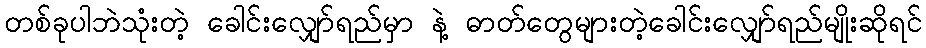
တစ်ခုပါဘဲသုံးတဲ့ ခေါင်းလျှော်ရည်မှာ နဲ့ ဓာတ်တွေများတဲ့ခေါင်းလျှော်ရည်မျိုးဆိုရင်